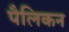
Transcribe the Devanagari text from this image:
पैलिकन